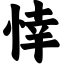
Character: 悻